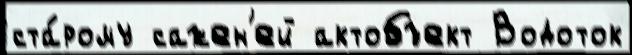
ста́рому сажен'ей актобъект Водоток